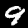
Label: 9